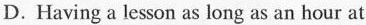
D.Having a lesonss long as an bour at